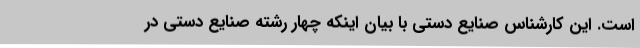
است. این کارشناس صنایع دستی با بیان اینکه چهار رشته صنایع دستی در